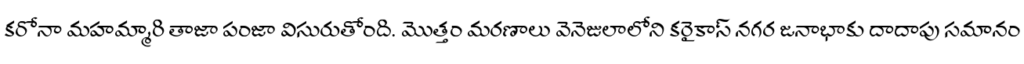
కరోనా మహమ్మారి తాజా పంజా విసురుతోంది. మొత్తం మరణాలు వెనెజులాలోని కరైకాస్ నగర జనాభాకు దాదాపు సమానం